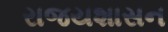
રાજયશાસન